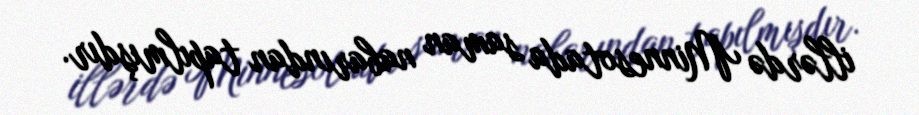
illərdə Minnesotada saman nabarından tapılmışdır.